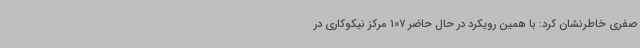
صفری خاطرنشان کرد: با همین رویکرد در حال حاضر 107 مرکز نیکوکاری در